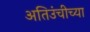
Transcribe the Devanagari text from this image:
अतिउंचीच्या